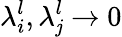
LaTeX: \lambda_{i}^{l},\lambda_{\mathit{j}}^{l}\rightarrow0